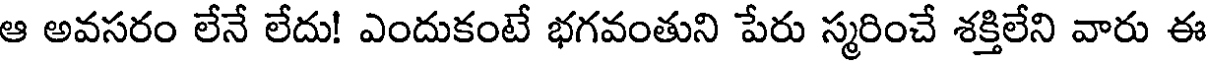
ఆ అవసరం లేనే లేదు! ఎందుకంటే భగవంతుని పేరు స్మరించే శక్తిలేని వారు ఈ